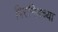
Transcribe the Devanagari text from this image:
पिरामिडच्या